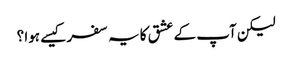
لیکن آپ کے عشق کا یہ سفر کیسے ہوا ؟